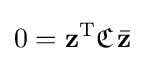
0=\mathbf {z} ^{\text{T}}{\mathfrak {C}}\,{\bar {\mathbf {z} }}